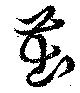
茁